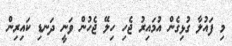
މި ފައުލާ ގުޅިގެން އުމައިރު ޖެހި ހިލޭ ޖެހުން ވަނީ ދަނޑި ކައިރިން